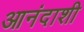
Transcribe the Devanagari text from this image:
आनंदाशी